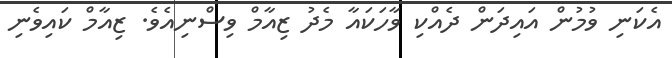
އެކަނި ވުމުން އައިދަން ދެއްކި ވާހަކައާ މެދު ޒިއާމް ވިސްނިއެވެ. ޒިއާމް ކައިވެނި